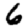
Digit: 6